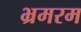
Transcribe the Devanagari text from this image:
भ्रमरम